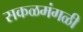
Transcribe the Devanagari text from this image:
सकळमंगळी